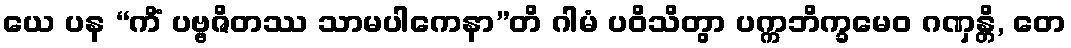
ယေ ပန “ကိံ ပဗ္ဗဇိတဿ သာမပါကေနာ”တိ ဂါမံ ပဝိသိတွာ ပက္ကဘိက္ခမေဝ ဂဏှန္တိ, တေ